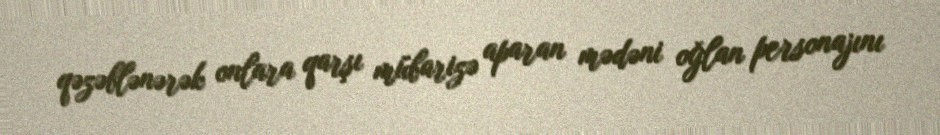
qəzəblənərək onlara qarşı mübarizə aparan mədəni oğlan personajını